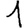
Digit: 1